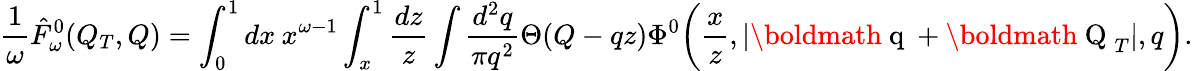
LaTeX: \frac{1}{\omega}\hat{F}_{\omega}^{0}(Q_{T},Q)=\int_{0}^{1}dx\: x^{\omega-1}\int_{x}^{1}\frac{dz}{z}\int\frac{d^{2}q}{\pi q^{2}}\Theta(Q-qz)\Phi^{0}\biggl(\frac{x}{z},|\mathrm{\boldmath~q~}+\mathrm{\boldmath~Q~}_{T}|,q\biggr).